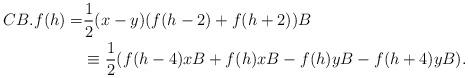
LaTeX: \begin{align*}CB.f({h})=&\frac{1}{2}(x-y) (f({h}-2)+f({h}+2)){B}\\&\equiv\frac{1}{2}(f(h-4)xB+f(h)xB-f(h)yB-f(h+4)yB).\end{align*}